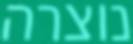
נוצרה